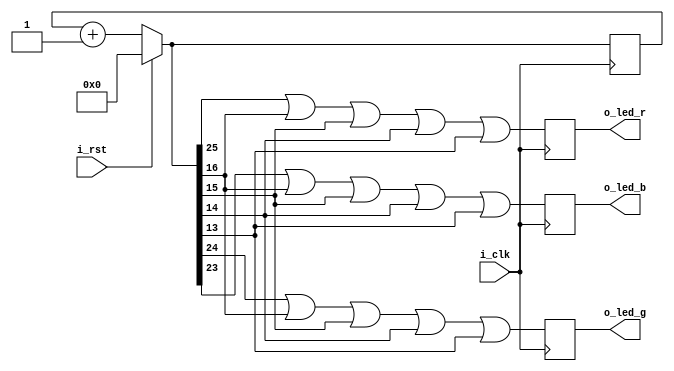
/******************************************************************************
*                                                                             *
* Copyright 2016 myStorm Copyright and related                                *
* rights are licensed under the Solderpad Hardware License, Version 0.51      *
* (the License); you may not use this file except in compliance with        *
* the License. You may obtain a copy of the License at                        *
* http://solderpad.org/licenses/SHL-0.51. Unless required by applicable       *
* law or agreed to in writing, software, hardware and materials               *
* distributed under this License is distributed on an AS IS BASIS,          *
* WITHOUT WARRANTIES OR CONDITIONS OF ANY KIND, either express or             *
* implied. See the License for the specific language governing                *
* permissions and limitations under the License.                              *
*                                                                             *
******************************************************************************/

module blink(input i_clk, input i_rst, output o_led_r, output o_led_g, output o_led_b);
  // Cycle bits
  parameter p_bit_r=25;
  parameter p_bit_g=24;
  parameter p_bit_b=23;

  // Dim bits bit 16 around 800Hz)
  parameter p_bit_dev=16;

  // output registers
  reg r_led_r;
  reg r_led_g;
  reg r_led_b;

  reg [25:0] r_count = 'b0;

  // Dim the LED
  task dim;
    input i_led; 
    output o_led;
    begin 
      // Count can be used from the module context
      o_led = i_led || 
        r_count[p_bit_dev] || 
        r_count[p_bit_dev-1] || 
        r_count[p_bit_dev-2] || 
        r_count[p_bit_dev-3];
    end
  endtask
  
  // always at clock pulse
  always @(posedge i_clk)
  begin
    if(i_rst)
    begin
      r_count = 0;
    end
    else
    begin
      r_count <= r_count + 1;
    end

    // Run the tasks to set the LED's
    dim(r_count[p_bit_r], r_led_r);
    dim(r_count[p_bit_g], r_led_g);
    dim(r_count[p_bit_b], r_led_b);
  end

  // Assign output register to output wires
  assign o_led_r = r_led_r;
  assign o_led_g = r_led_g;
  assign o_led_b = r_led_b;
endmodule